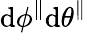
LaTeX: \mathrm{d}\phi^{\parallel}\mathrm{d}\theta^{\parallel}